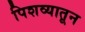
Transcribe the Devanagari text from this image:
पिशव्यातून